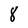
Character: 8